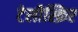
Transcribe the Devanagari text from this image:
टेलीस्क्रिप्ट